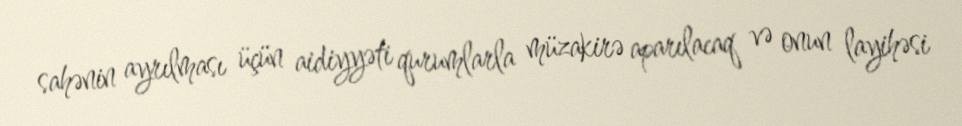
sahənin ayrılması üçün aidiyyəti qurumlarla müzakirə aparılacaq və onun layihəsi